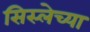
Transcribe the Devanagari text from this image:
सिस्लेच्या